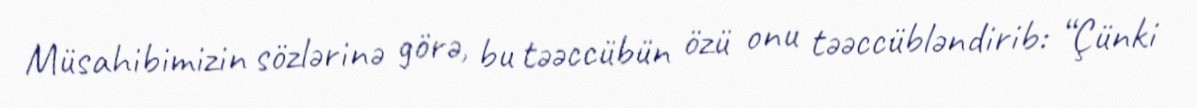
Müsahibimizin sözlərinə görə, bu təəccübün özü onu təəccübləndirib: “Çünki